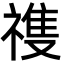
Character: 𬓏